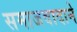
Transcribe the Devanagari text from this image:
समाजवादाने